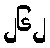
၂၆၂